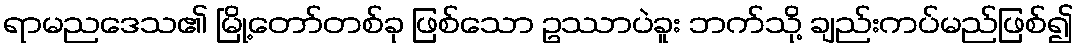
ရာမညဒေသ၏ မြို့တော်တစ်ခု ဖြစ်သော ဥဿာပဲခူး ဘက်သို့ ချည်းကပ်မည်ဖြစ်၍